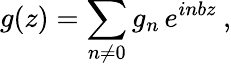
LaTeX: g(z)=\sum_{n\not=0}g_{n}\, e^{inbz}\: ,